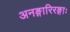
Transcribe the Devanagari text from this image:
अनङ्गारिरङ्गाः